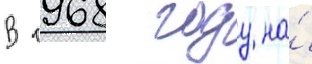
В 1968 году на́